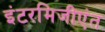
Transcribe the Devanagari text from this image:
इंटरमिजीएंत